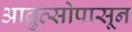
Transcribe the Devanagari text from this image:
आब्रुत्सोपासून